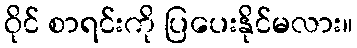
ဝိုင် စာရင်းကို ပြပေးနိုင်မလား။